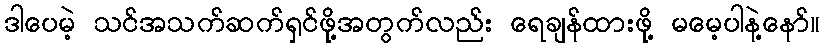
ဒါပေမဲ့ သင်အသက်ဆက်ရှင်ဖို့အတွက်လည်း ရေချန်ထားဖို့ မမေ့ပါနဲ့နော်။